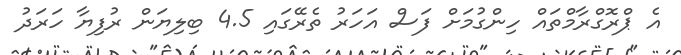
އެ ޕްރޮގްރާމްތައް ހިންގުމަށް ފަސް އަހަރު ތެރޭގައި 4.5 ބިލިޔަން ރުފިޔާ ހަރަދު